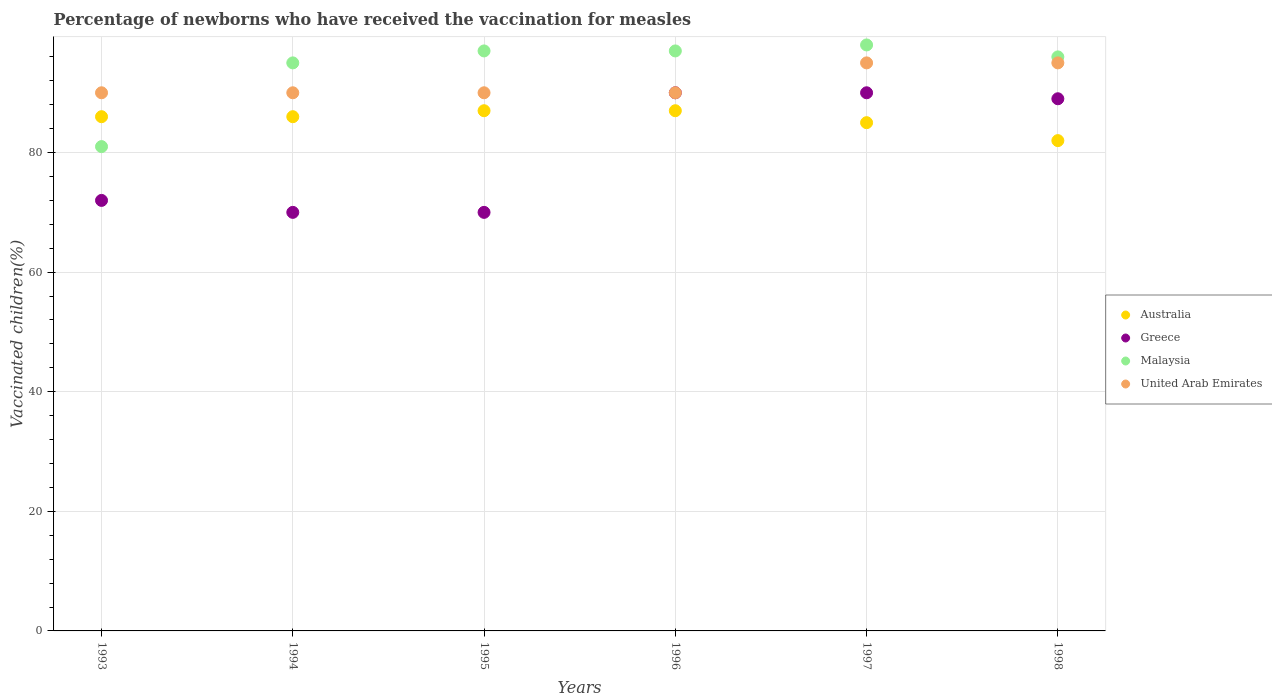
| Years | Australia | Greece | Malaysia | United Arab Emirates |
 | --- | --- | --- | --- | --- |
 | 1993 | 86 | 72 | 81 | 90 |
 | 1994 | 86 | 70 | 95 | 90 |
 | 1995 | 87 | 70 | 97 | 90 |
 | 1996 | 87 | 90 | 97 | 90 |
 | 1997 | 85 | 90 | 98 | 95 |
 | 1998 | 82 | 89 | 96 | 95 |